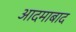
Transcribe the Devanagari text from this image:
आदमाबाद